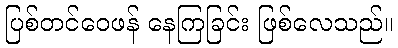
ပြစ်တင်ဝေဖန် နေကြခြင်း ဖြစ်လေသည်။